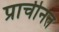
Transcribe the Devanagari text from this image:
प्राचीनत